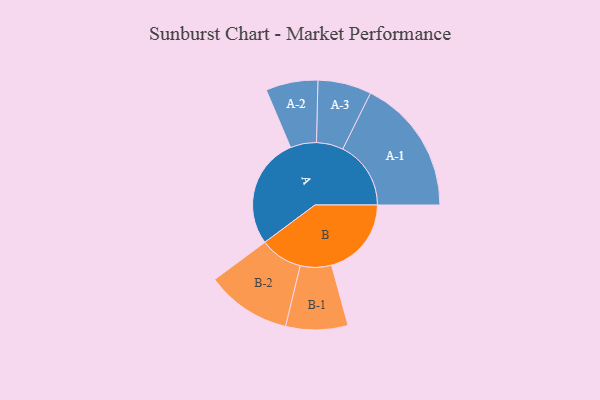
{"axis": {"x": "Segment", "y": "Value"}, "legend": ["", "A", "B"], "data": [{"x": "A", "y": 443, "type": ""}, {"x": "B", "y": 319, "type": ""}, {"x": "A-1", "y": 272, "type": "A"}, {"x": "A-2", "y": 104, "type": "A"}, {"x": "A-3", "y": 107, "type": "A"}, {"x": "B-1", "y": 124, "type": "B"}, {"x": "B-2", "y": 170, "type": "B"}]}